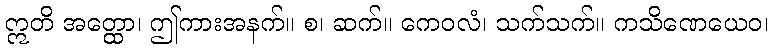
ဣတိ အတ္ထော၊ ဤကားအနက်။ စ၊ ဆက်။ ကေဝလံ၊ သက်သက်။ ကသိဏေယေဝ၊